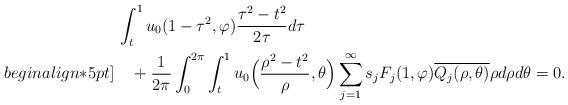
LaTeX: \begin{align*}&\,\int_t^1 u_0(1-\tau^2,\varphi) \frac{\tau^2-t^2}{2\tau}d\tau\\begin{align*}5pt]&\quad+\frac{1}{2\pi}\int_0^{2\pi} \int_t^1 u_0\Bigl(\frac{\rho^2-t^2}{\rho}, \theta\Bigr) \sum_{j=1}^{\infty}s_j F_j(1, \varphi) \overline{Q_j(\rho,\theta)} \rho d\rho d\theta=0.\end{align*}